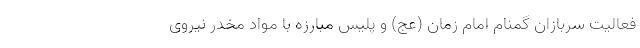
فعالیت سربازان گمنام امام زمان (عج) و پلیس مبارزه با مواد مخدر نیروی